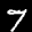
Label: 7